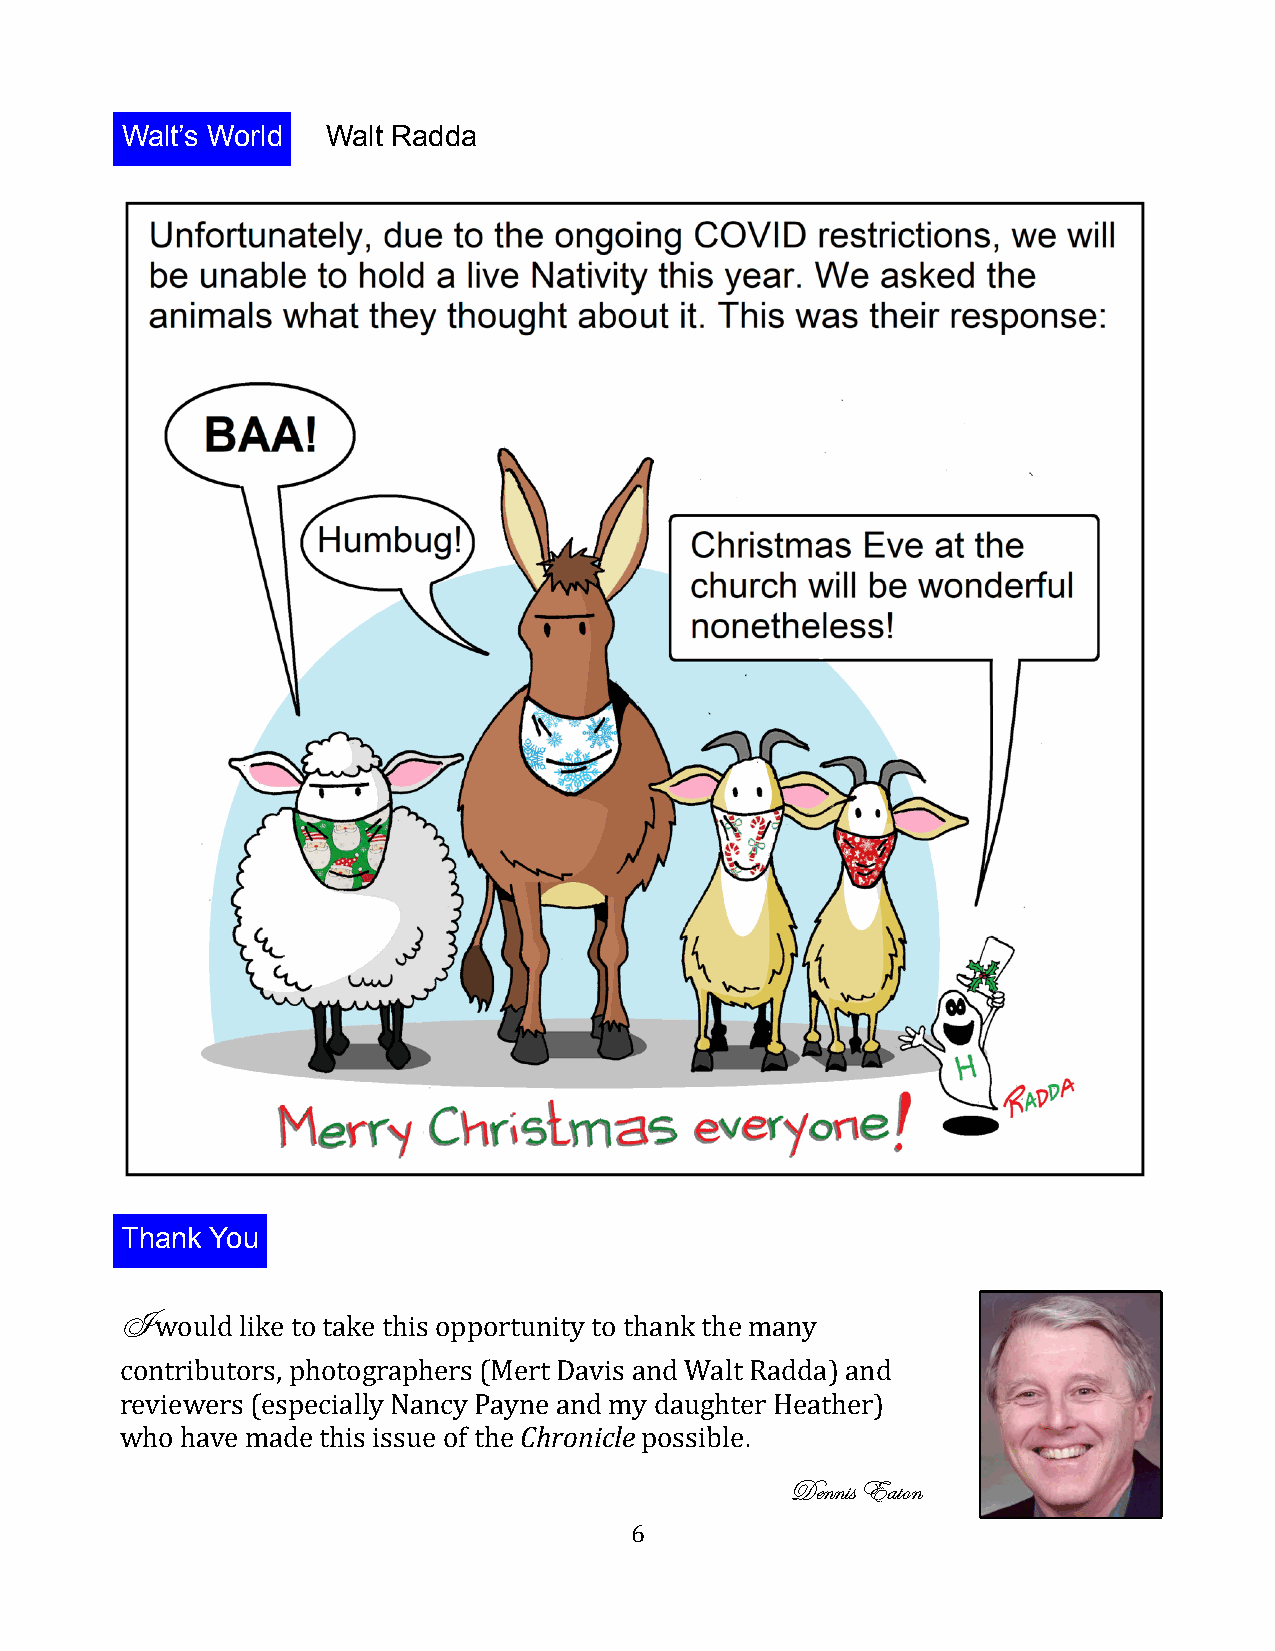
Walt’s World  Walt Radda
 Thank You
 I would like to take this opportunity to thank the many
 contributors, photographers (Mert Davis and Walt Radda) and
 reviewers (especially Nancy Payne and my daughter Heather)
 who have made this issue of the Chronicle possible.
 Dennis Eaton
 6